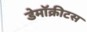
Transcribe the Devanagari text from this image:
डेमॉक्रीटस